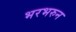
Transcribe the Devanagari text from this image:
भरभरुन